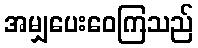
အမျှပေးဝေကြသည်